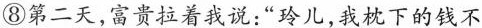
⑧第二天,富贵拉着我说:“玲儿,我枕下的钱不